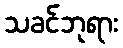
သခင်ဘုရား